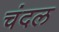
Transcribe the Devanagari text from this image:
चंदल